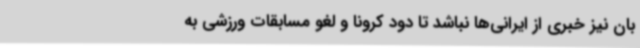
بان نیز خبری از ایرانی‌ها نباشد تا دود کرونا و لغو مسابقات ورزشی به